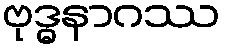
ဗုဒ္ဓနာဂဿ